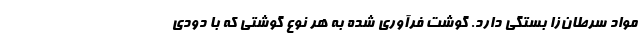
مواد سرطان‌زا بستگی دارد. گوشت فرآوری شده به هر نوع گوشتی که با دودی